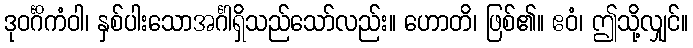
ဒုဝင်္ဂိကံဝါ၊ နှစ်ပါးသောအင်္ဂါရှိသည်သော်လည်း။ ဟောတိ၊ ဖြစ်၏။ ဧဝံ၊ ဤသို့လျှင်။